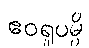
ဧဝရူပမ္ပိ